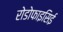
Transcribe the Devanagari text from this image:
रोडोफाइसिई